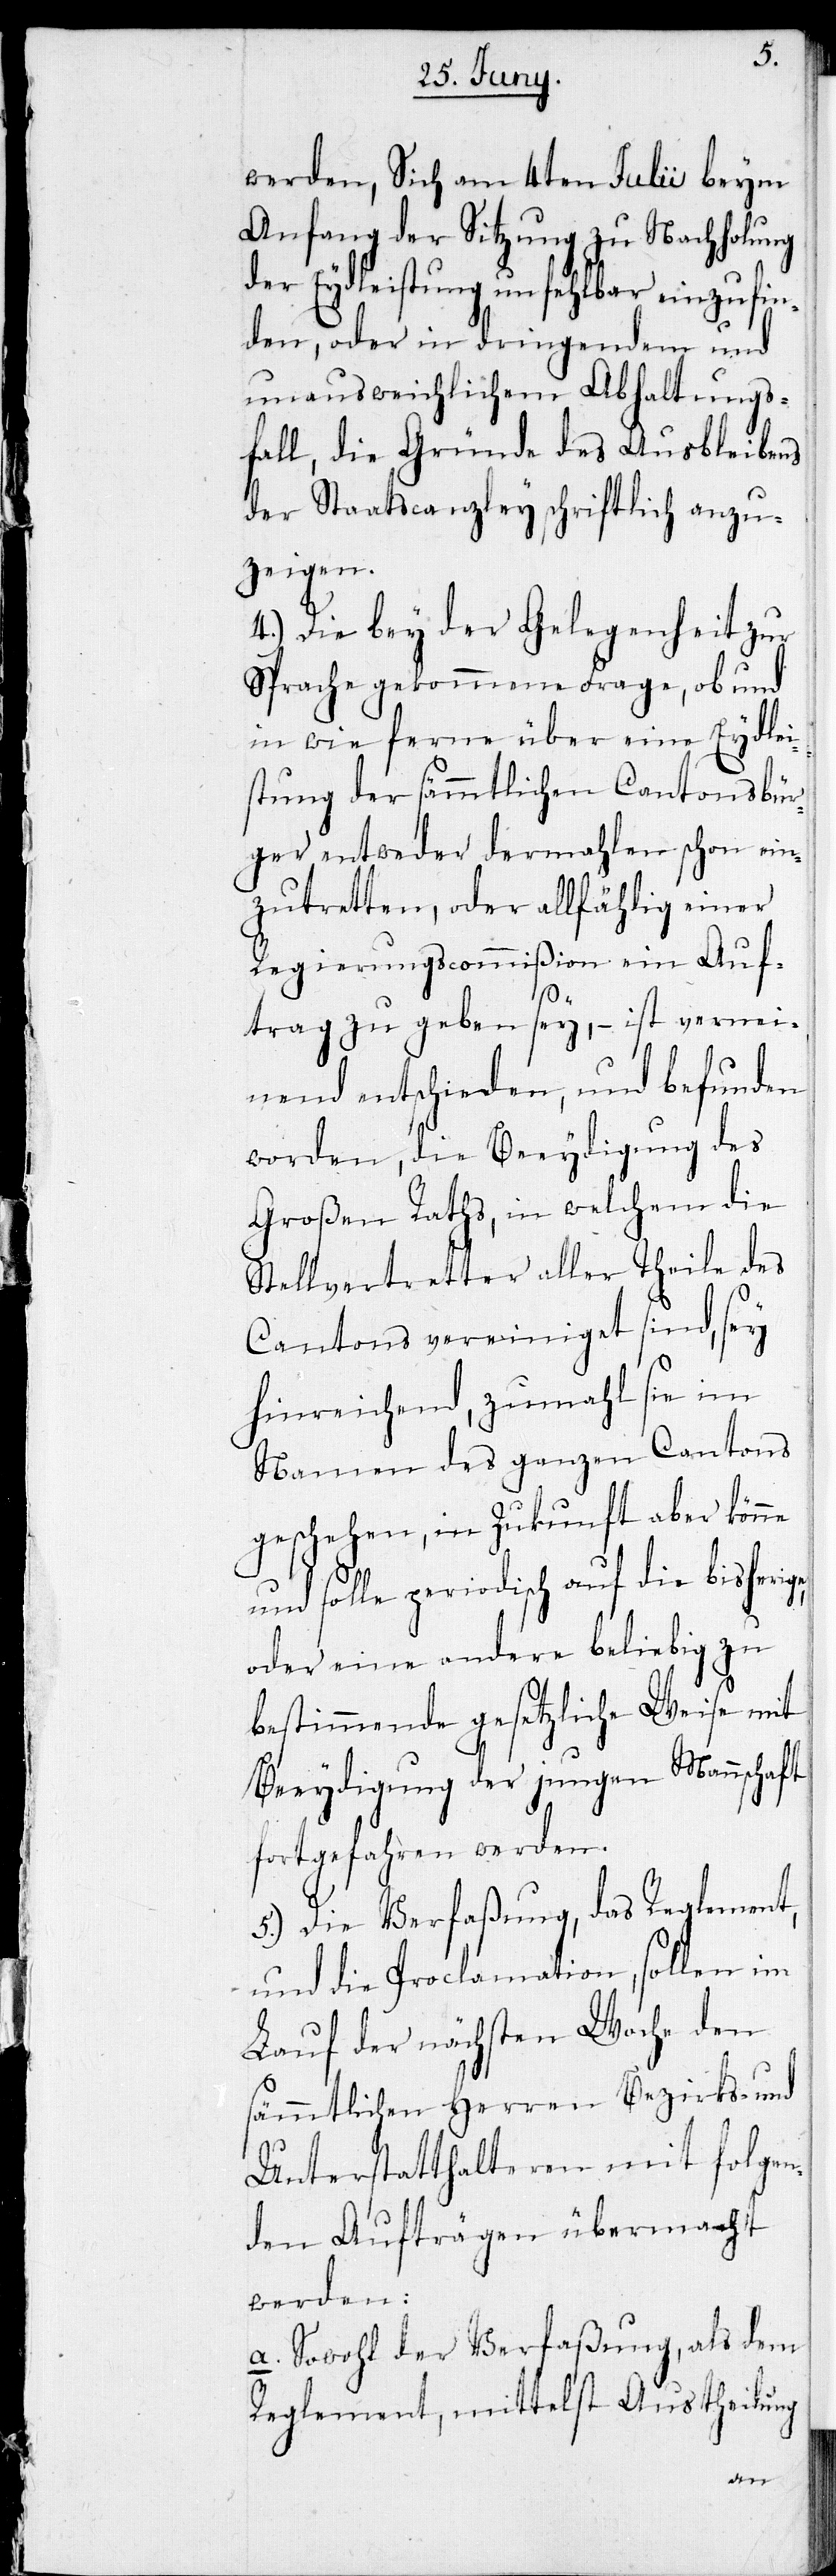
werden, Sich am 4ten Julii beym
Anfang der Sitzung zu Nachholung
der Eydleistung unfehlbar einzufin¬
den, oder in dringenden und
unausweichlichen Abhaltungs¬
fall, die Gründe des Ausbleibens
der Staatscanzley schriftlich anzu¬
zeigen.
4.) Die bey der Gelegenheit zur
Sprache gekommenen Frage, ob und
in wie ferne über eine Eydlei¬
stung der sämmtlichen Cantonsbür¬
ger entweder dermahlen schon ein¬
zutretten, oder allfählig einer
Regierungscommißion ein Auf¬
trag zu geben sey, – ist vernei¬
nend entschieden, und befunden
worden, die Beeydigung des
Großen Raths, in welchem die
Stellvertretter aller Theile des
Cantons vereiniget sind, sey
hinreichend, zumahl sie im
Namen des ganzen Cantons
geschehen, in Zukunft aber könne
und solle periodisch auf die bisherige
oder eine andere beliebig zu
bestimmende gesetzliche Weise mit
Beeydigung der jungen Mannschaft
fortgefahren werden.
5.) Die Verfaßung, das Reglement,
und die Proclamation, sollen im
Lauf der nächsten Woche den
sämmtlichen Herren Bezirks- und
Unterstatthalteren mit folgen¬
den Aufträgen übermacht
werden:
a. Sowohl der Verfaßung, als dem
Reglement, mittelst Austheilung